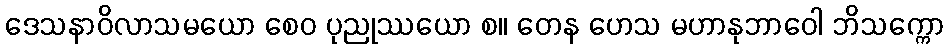
ဒေသနာဝိလာသမယော စေဝ ပုညုဿယော စ။ တေန ဟေသ မဟာနုဘာဝေါ ဘိသက္ကော